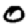
Digit: 0